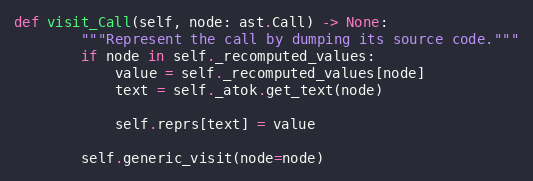
Language: Python
def visit_Call(self, node: ast.Call) -> None:
        """Represent the call by dumping its source code."""
        if node in self._recomputed_values:
            value = self._recomputed_values[node]
            text = self._atok.get_text(node)

            self.reprs[text] = value

        self.generic_visit(node=node)